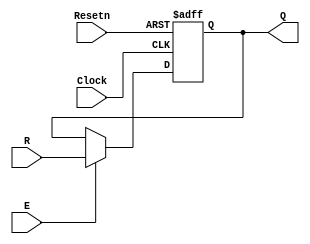
module regne (R, Clock, Resetn, E, Q);
	parameter n = 8;
	input [n-1:0] R;
	input Clock, Resetn, E;
	output reg [n-1:0] Q;

	always @(posedge Clock, negedge Resetn)
		if (Resetn == 0)
			Q <= 0;
		else if (E)
			Q <= R;

endmodule